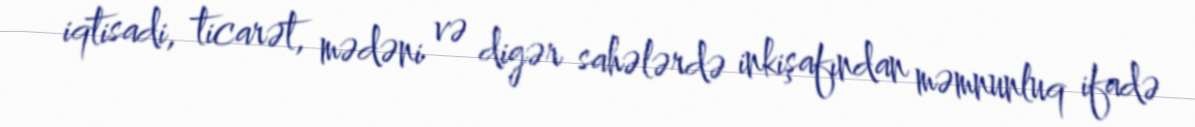
iqtisadi, ticarət, mədəni və digər sahələrdə inkişafından məmnunluq ifadə